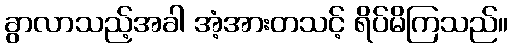
ခွာလာသည့်အခါ အံ့အားတသင့် ရိပ်မိကြသည်။